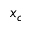
x _ { c }